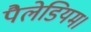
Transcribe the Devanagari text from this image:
पैलेडियम।